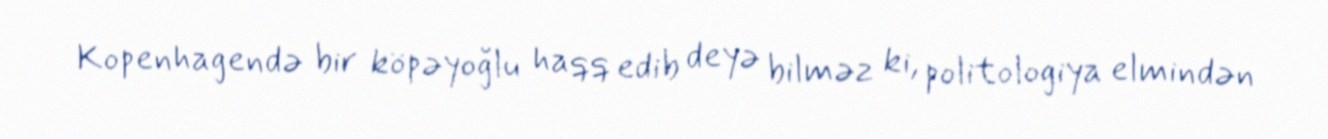
Kopenhagendə bir köpəyoğlu haqq edib deyə bilməz ki, politologiya elmindən